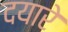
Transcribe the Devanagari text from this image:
दयारे